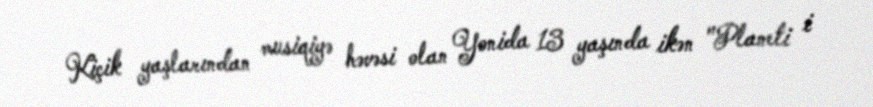
Kiçik yaşlarından musiqiyə həvəsi olan Yonida 13 yaşında ikən "Planeti i